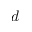
d